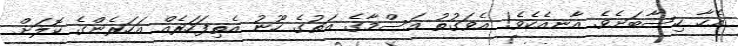
އެހާ ހިސާބަށެވެ. އާނއެކެވެ! އެވަގުތު އަސްމާގެ އަތުގެ ހޫނު އެތިފަހަރެއް އަހަރެންގެ ކޮލަށް